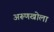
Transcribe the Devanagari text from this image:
अरूणखोला